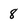
Character: 8